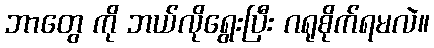
ဘာတွေ ကို ဘယ်လိုရွေးပြီး ဂရုစိုက်ရမလဲ။